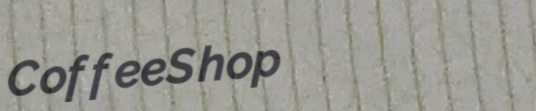
CoffeeShop